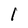
Character: l